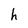
Character: h